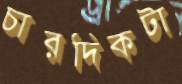
চারদিকটা